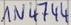
Text: IN4744